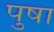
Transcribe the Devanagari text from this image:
पुषा